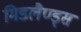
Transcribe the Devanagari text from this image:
मिडलैण्ड्स